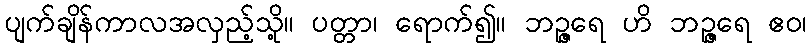
ပျက်ချိန်ကာလအလှည့်သို့။ ပတ္တာ၊ ရောက်၍။ ဘဉ္ဇရေ ဟိ ဘဉ္ဇရေ ဧဝ၊